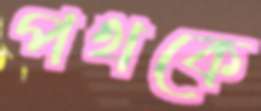
পথকে